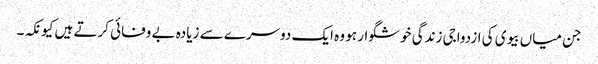
جن میاں بیوی کی ازدواجی زندگی خوشگوار ہو وہ ایک دوسرے سے زیادہ بے وفائی کرتے ہیں کیونکہ۔